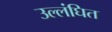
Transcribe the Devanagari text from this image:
उल्लंघित